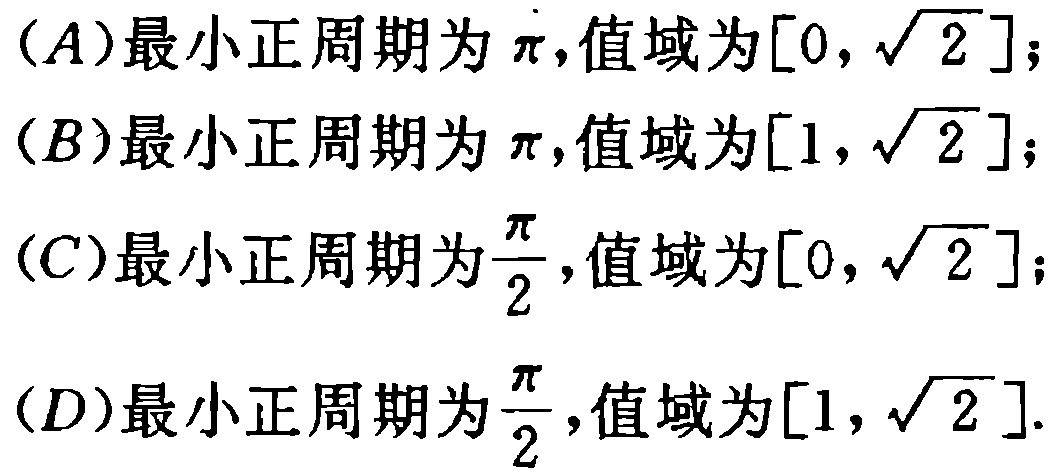
(A)最小正周期为\(\pi\),值域为\([0,\sqrt{2}]\);

(B)最小正周期为\(\pi\),值域为\([1,\sqrt{2}]\);

(C)最小正周期为\(\frac{\pi}{2}\),值域为\([0,\sqrt{2}]\);

(D)最小正周期为\(\frac{\pi}{2}\),值域为\([1,\sqrt{2}]\).